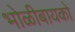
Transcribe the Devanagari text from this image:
भोळीबायको